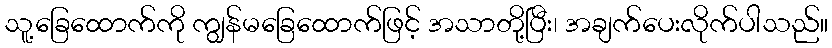
သူ့ခြေထောက်ကို ကျွန်မခြေထောက်ဖြင့် အသာတို့ပြီး၊ အချက်ပေးလိုက်ပါသည်။